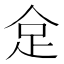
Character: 𠈮